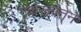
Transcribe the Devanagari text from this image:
एकरूपतेने